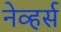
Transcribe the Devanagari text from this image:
नेव्हर्स